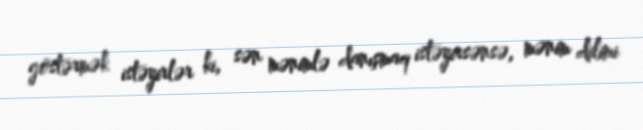
göstərmək istəyirlər ki, sən mənimlə danışmaq istəyirsənsə, mənim dilimi